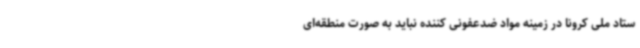
ستاد ملی کرونا در زمینه مواد ضدعفونی کننده نباید به صورت منطقه‌ای